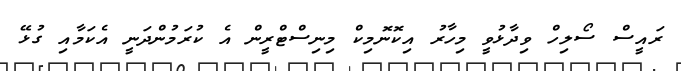
ރައީސް ސޯލިހް ވިދާޅުވީ މިހާރު އިކޮނޮމިކް މިނިސްޓްރީން އެ ކުރަމުންދަނީ އެކަމާއި ގުޅޭ